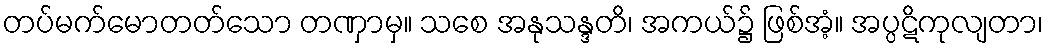
တပ်မက်မောတတ်သော တဏှာမှ။ သစေ အနုသန္ဒတိ၊ အကယ်၌ ဖြစ်အံ့။ အပ္ပဋိကုလျတာ၊